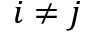
i \ne j